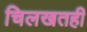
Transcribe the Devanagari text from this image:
चिलखतही